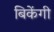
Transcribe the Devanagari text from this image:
बिकेंगी